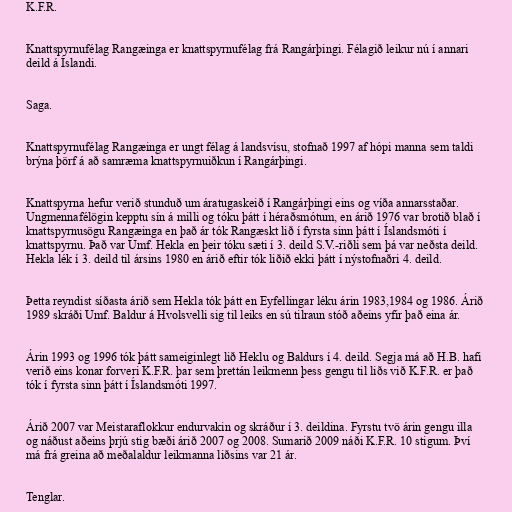
K.F.R.

Knattspyrnufélag Rangæinga er knattspyrnufélag frá Rangárþingi. Félagið leikur nú í annari
deild á Íslandi.

Saga.

Knattspyrnufélag Rangæinga er ungt félag á landsvísu, stofnað 1997 af hópi manna sem taldi
brýna þörf á að samræma knattspyrnuiðkun í Rangárþingi.

Knattspyrna hefur verið stunduð um áratugaskeið í Rangárþingi eins og víða annarsstaðar.
Ungmennafélögin kepptu sín á milli og tóku þátt í héraðsmótum, en árið 1976 var brotið blað í
knattspyrnusögu Rangæinga en það ár tók Rangæskt lið í fyrsta sinn þátt í Íslandsmóti í
knattspyrnu. Það var Umf. Hekla en þeir tóku sæti í 3. deild S.V.-riðli sem þá var neðsta deild.
Hekla lék í 3. deild til ársins 1980 en árið eftir tók liðið ekki þátt í nýstofnaðri 4. deild.

Þetta reyndist síðasta árið sem Hekla tók þátt en Eyfellingar léku árin 1983,1984 og 1986. Árið
1989 skráði Umf. Baldur á Hvolsvelli sig til leiks en sú tilraun stóð aðeins yfir það eina ár.

Árin 1993 og 1996 tók þátt sameiginlegt lið Heklu og Baldurs í 4. deild. Segja má að H.B. hafi
verið eins konar forveri K.F.R. þar sem þrettán leikmenn þess gengu til liðs við K.F.R. er það
tók í fyrsta sinn þátt í Íslandsmóti 1997.

Árið 2007 var Meistaraflokkur endurvakin og skráður í 3. deildina. Fyrstu tvö árin gengu illa
og náðust aðeins þrjú stig bæði árið 2007 og 2008. Sumarið 2009 náði K.F.R. 10 stigum. Því
má frá greina að meðalaldur leikmanna liðsins var 21 ár.

Tenglar.